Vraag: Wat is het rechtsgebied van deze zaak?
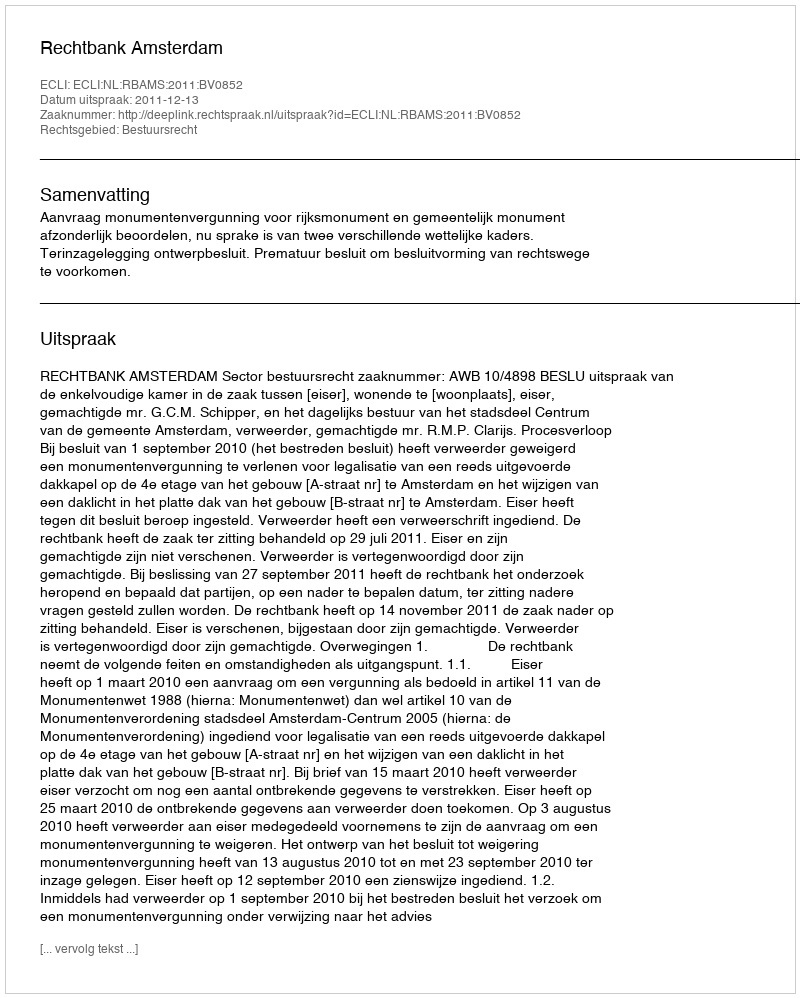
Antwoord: Bestuursrecht